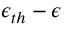
\epsilon _ { t h } - \epsilon